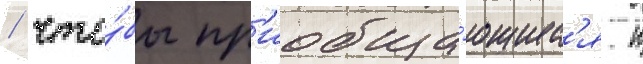
/ что́бы пр'иобща́ющиес'я к